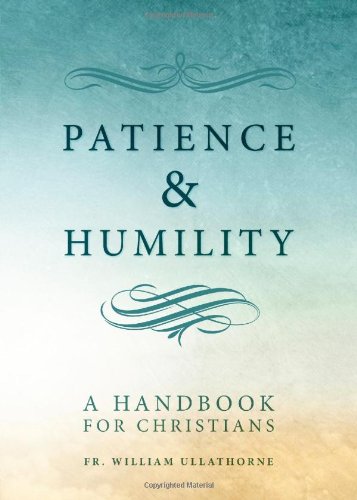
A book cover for Patience and Humility; William Ullathorne; Christian Books & Bibles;